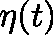
\mathbf { \eta } ( t )